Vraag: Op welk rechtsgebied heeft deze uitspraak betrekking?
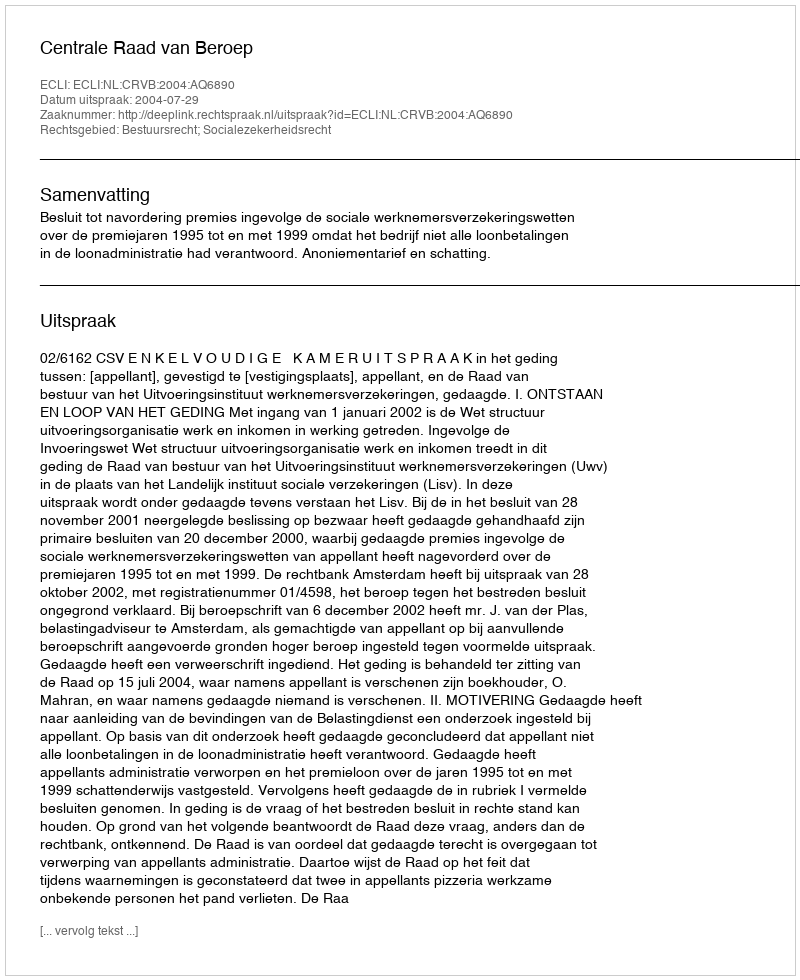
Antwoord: Bestuursrecht; Socialezekerheidsrecht